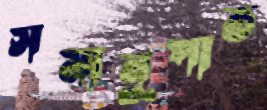
সমানুপাত